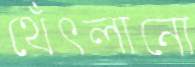
থেঁৎলানো